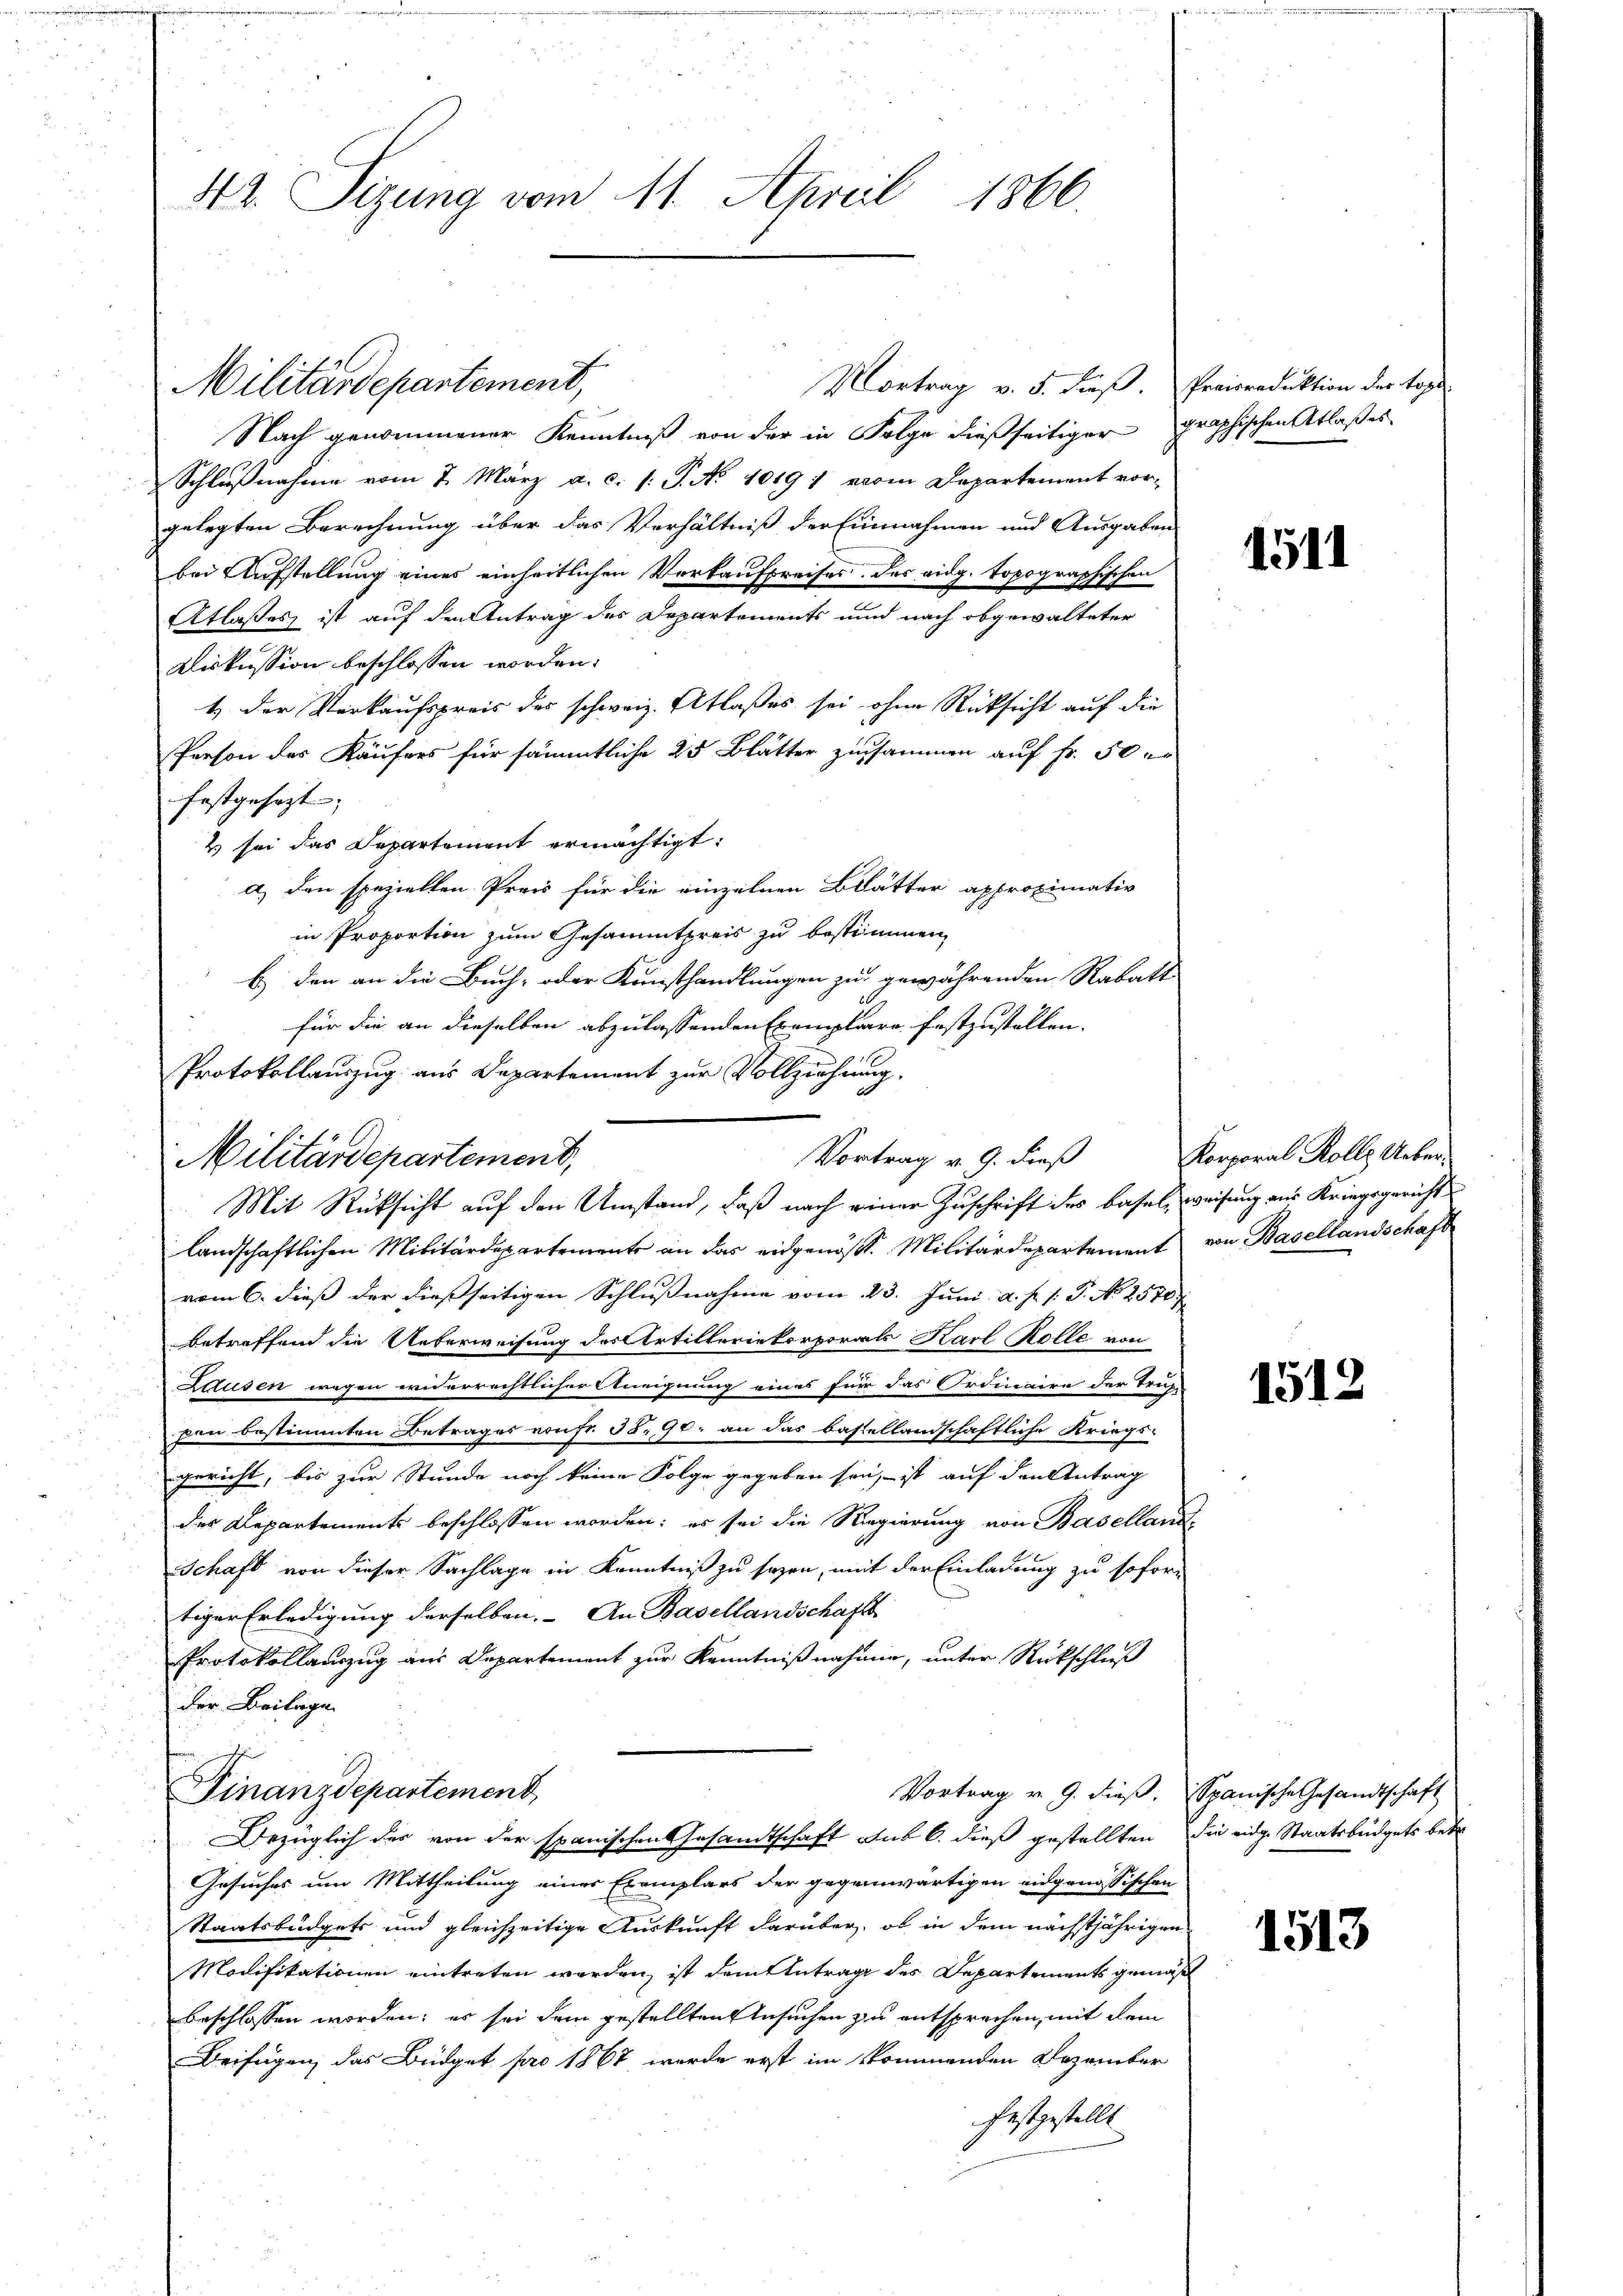
42. Sizung vom 11. April 1866.

Nach genommener Kenntniß von der in Folge dießseitiger graphischen Atlasses
Schlußnahme vom 7. März a. c. s. P. No 1019 1 vom Departement vor-
gelegten Berechnung über das Verhältniß der Einnahmen und Ausgaben
bei Aufstellung eines einheitlichen Verkaufpreises des eidg. topographischen
Atlaßes ist auf den Antrag des Departements und nach obgewalteter
Diskussion beschlossen worden.
1.) Der Verkaufspreis des schweiz. Atlaßes sei ohne Rücksicht auf die
Person des Käufers für sämmtliche 25 Blätter zusammen auf Fr. 50 er
festgesezt;
2 sei das Departement ermächtigt:
a) den speziellen Preis für die einzelnen Blätter approximativ
in Proportion zum Gesammtpreis zu bestimmen,
b) den an die Buch- oder Kunsthandlungen zu gewährenden Rabatt
für die an dieselben abzulassenden Exemplare festzustellen.
Protokollauszug aus Departement zur Vollziehung.
Vortrag v. 9. dieß
Mit Rüksicht auf den Umstand, daß nach einer Zuschrift des Basel, weisung aus Kriegsgericht
landschaftlichen Militärdepartements an das eidgenößt. Militärdepartement von Basellandschaft
vom 6. dieß der dießseitigen Schlußnahme vom 23. Juni a. p. 1. P. N. 2570
betreffend die Unterweisung des Artilleriekorporats Karl Kolle von
Ldusen wegen widerrechtlicher Aneignung eines für das Ordinaire der Truhe
pen bestimmten Betrages von fr. 55, 92, an das bastellandschaftliche Kriegs-
gericht, bis zur Stunde noch keine Folge gegeben sei, ist auf den Antrag
des Departements beschlossen worden; es sei die Regierung von Baselland¬
Schaft von dieser Sachlage in Kenntniß zu seyen, mit der Einladung zu sofor-
tiger Erledigung derselben. An Basellandschafts-
Protokollauszug aus Departement zur Kenntnißnahmen, unter Rückschluß
der Beilage
Finanzdepartement
Vortrag v. 9. dieß. Spanische Gesandtschaft
Bezüglich der von der spanischen Gesandtschaft sub 6. dieß gestellten die eidge Staatsbüdgets betr
Gesuches um Mittheilung eines Exemplars der gegenwärtigen eidgenössischen
Staatsbüdgets und gleichzeitige Auskunft darüber, ob in dem nächstjährigen
Modifikationen eintreten werden, ist dem Antrage des Departements gemäß
beschlossen worden; er sei dem gestellten Ansuchen zu entsprechen, mit dem
Beifügen, das Büdget pro 1867 werde erst im kommenden Dezember
festgestellt

Militärdepartement,

Militärdepartement,

Vortrag v. 5. dieß. Preisraduktion der Tage

1511

Korporal Rolle Ueber¬

1512

1513